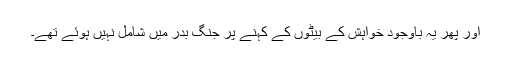
اور پھر یہ باوجود خواہش کے بیٹوں کے کہنے پر جنگ بدر میں شامل نہیں ہوئے تھے۔